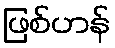
ဖြစ်ဟန်